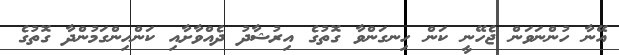
އޭނާ ހުންނަވަން ޖެހޭނީ ކަން ހިނގަންވާ ގޮތުގެ އިރުޝާދު ދެއްވާށާއި ކަންހިންގަމުންދާ ގޮތުގެ